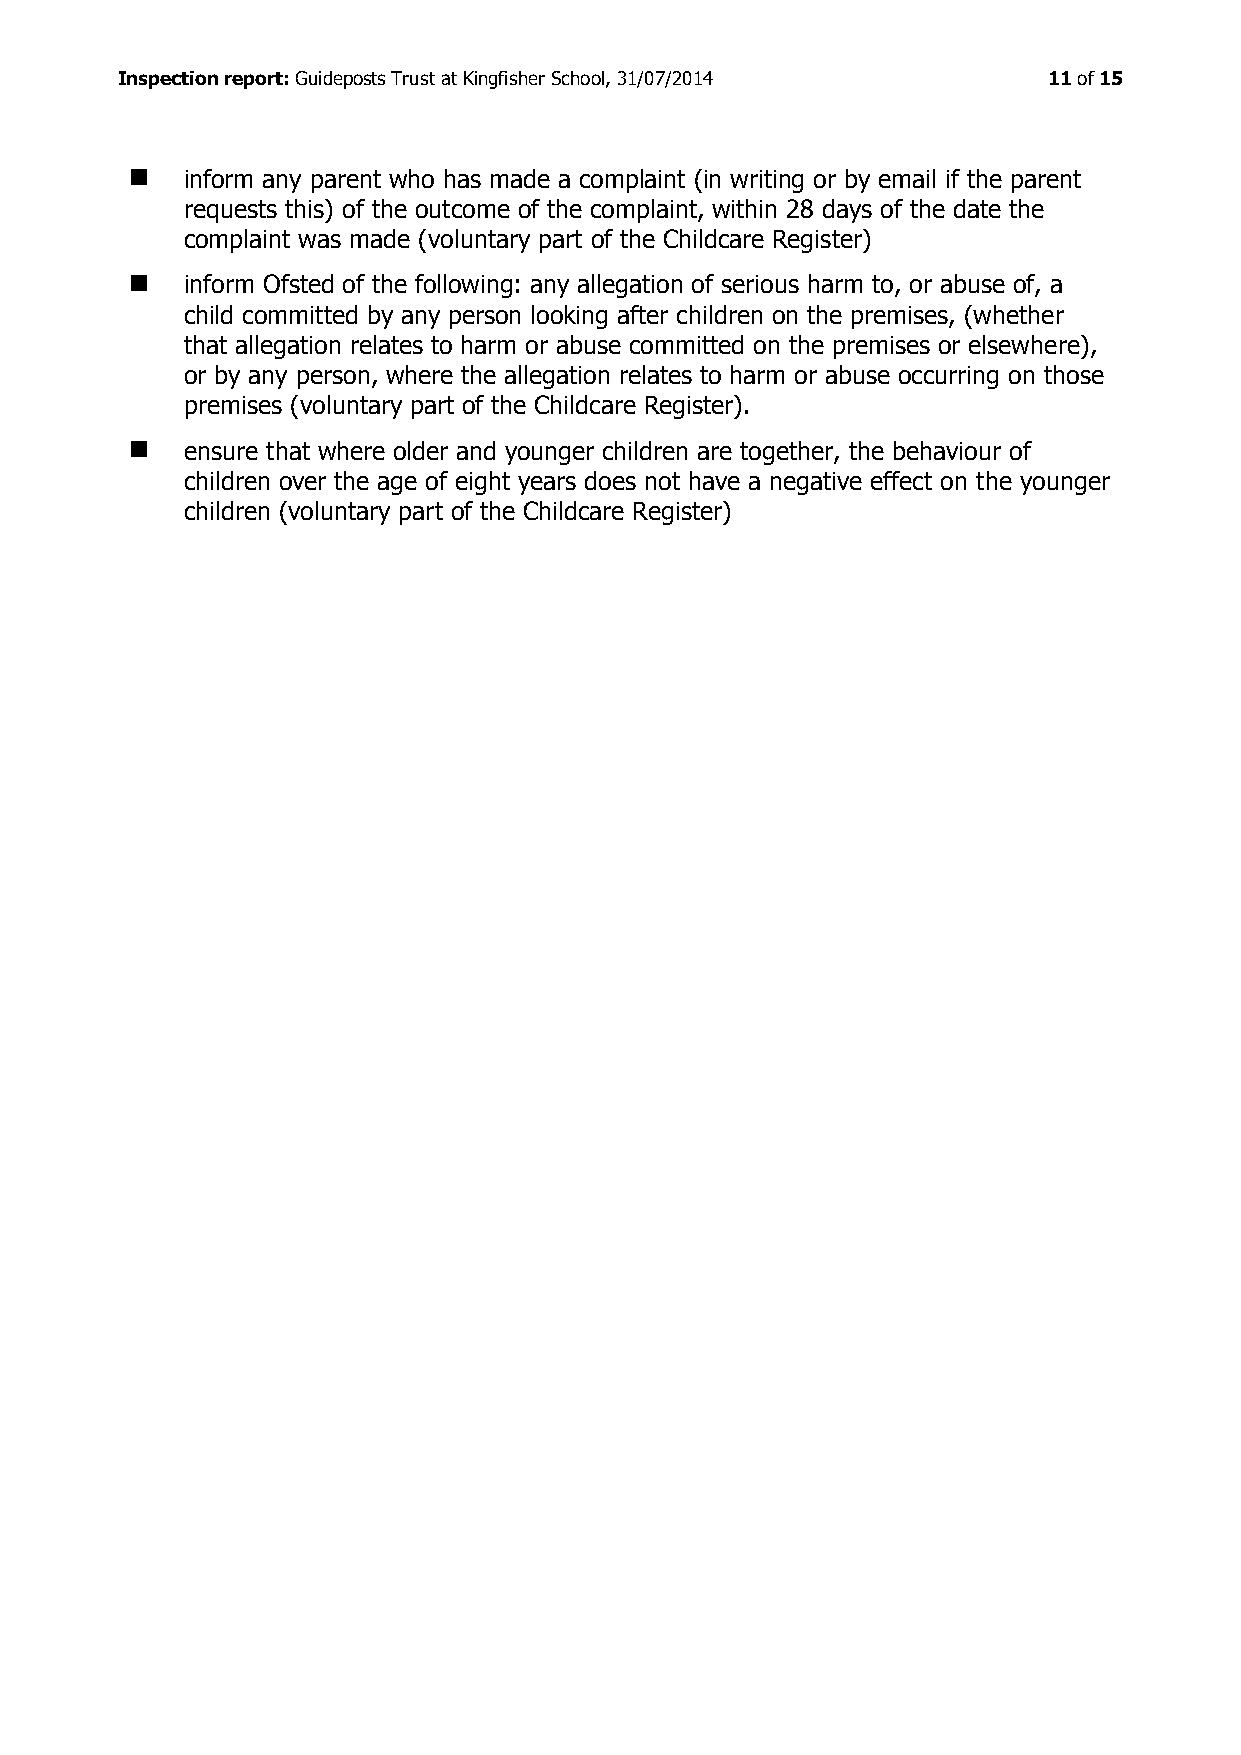
Inspection report: Guideposts Trust at Kingfisher School, 31/07/2014 11 of 15
   inform any parent who has made a complaint (in writing or by email if the parent
 requests this) of the outcome of the complaint, within 28 days of the date the
 complaint was made (voluntary part of the Childcare Register)
   inform Ofsted of the following: any allegation of serious harm to, or abuse of, a
 child committed by any person looking after children on the premises, (whether
 that allegation relates to harm or abuse committed on the premises or elsewhere),
 or by any person, where the allegation relates to harm or abuse occurring on those
 premises (voluntary part of the Childcare Register).
   ensure that where older and younger children are together, the behaviour of
 children over the age of eight years does not have a negative effect on the younger
 children (voluntary part of the Childcare Register)